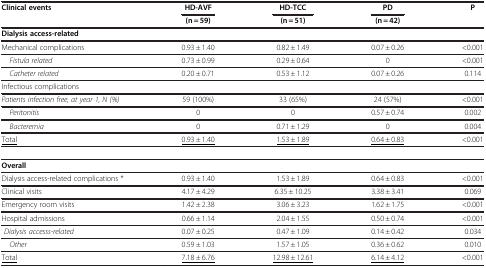
<table><thead><tr><td><b>Clinical events</b></td><td><b>HD-AVF</b></td><td><b>HD-TCC</b></td><td><b>PD</b></td><td><b>P</b></td></tr><tr><td><b> </b></td><td><b>(n = 59)</b></td><td><b>(n = 51)</b></td><td><b>(n = 42)</b></td><td><b> </b></td></tr></thead><tbody><tr><td><b>Dialysis access-related</b></td><td> </td><td> </td><td> </td><td> </td></tr><tr><td>Mechanical complications</td><td>0.93 ± 1.40</td><td>0.82 ± 1.49</td><td>0.07 ± 0.26</td><td>&lt;0.001</td></tr><tr><td><i> Fistula related</i></td><td>0.73 ± 0.99</td><td>0.29 ± 0.64</td><td>0</td><td>&lt;0.001</td></tr><tr><td><i> Catheter related</i></td><td>0.20 ± 0.71</td><td>0.53 ± 1.12</td><td>0.07 ± 0.26</td><td>0.114</td></tr><tr><td>Infectious complications</td><td> </td><td> </td><td> </td><td> </td></tr><tr><td><i>Patients infection free, at year 1, N (%)</i></td><td>59 (100%)</td><td>33 (65%)</td><td>24 (57%)</td><td>&lt;0.001</td></tr><tr><td><i> Peritonitis</i></td><td>0</td><td>0</td><td>0.57 ± 0.74</td><td>0.002</td></tr><tr><td><i> Bacteremia</i></td><td>0</td><td>0.71 ± 1.29</td><td>0</td><td>0.004</td></tr><tr><td><underline>Total</underline></td><td><underline>0.93 ± 1.40</underline></td><td><underline>1.53 ± 1.89</underline></td><td><underline>0.64 ± 0.83</underline></td><td>&lt;0.001</td></tr><tr><td><b>Overall</b></td><td> </td><td> </td><td> </td><td> </td></tr><tr><td>Dialysis access-related complications *</td><td>0.93 ± 1.40</td><td>1.53 ± 1.89</td><td>0.64 ± 0.83</td><td>&lt;0.001</td></tr><tr><td>Clinical visits</td><td>4.17 ± 4.29</td><td>6.35 ± 10.25</td><td>3.38 ± 3.41</td><td>0.069</td></tr><tr><td>Emergency room visits</td><td>1.42 ± 2.38</td><td>3.06 ± 3.23</td><td>1.62 ± 1.75</td><td>&lt;0.001</td></tr><tr><td>Hospital admissions</td><td>0.66 ± 1.14</td><td>2.04 ± 1.55</td><td>0.50 ± 0.74</td><td>&lt;0.001</td></tr><tr><td><i> Dialysis accesss-related</i></td><td>0.07 ± 0.25</td><td>0.47 ± 1.09</td><td>0.14 ± 0.42</td><td>0.034</td></tr><tr><td><i> Other</i></td><td>0.59 ± 1.03</td><td>1.57 ± 1.05</td><td>0.36 ± 0.62</td><td>0.010</td></tr><tr><td><underline>Total</underline></td><td><underline>7.18 ± 6.76</underline></td><td><underline>12.98 ± 12.61</underline></td><td><underline>6.14 ± 4.12</underline></td><td>&lt;0.001</td></tr></tbody></table>